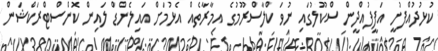
ކުޅުދުއްފުށީ އަފީފުއްދީން ސްކޫލުގައި ނުވަ ކްލާސްރޫމުގެ އިމާރާތެއް އެޅުމަށް އައިލެންޑް ލައިން ކޮންސްޓްރަކްޝަން